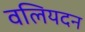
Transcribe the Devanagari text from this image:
वलियदन